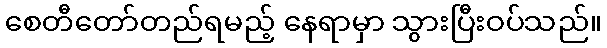
စေတီတော်တည်ရမည့် နေရာမှာ သွားပြီးဝပ်သည်။